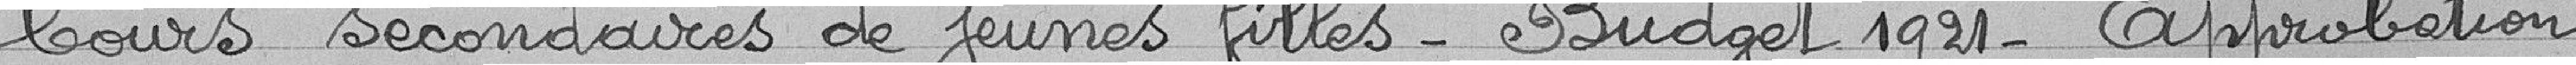
cours secondaires de jeunes filles - Budget 1921 - Approbation